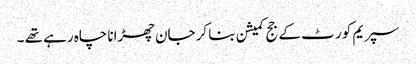
سپریم کور ٹ کے جج کمیشن بنا کر جان چھڑانا چاہ رہے تھے ۔